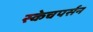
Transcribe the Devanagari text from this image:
स्केचपर्सन